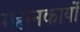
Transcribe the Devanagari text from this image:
महानकार्यो